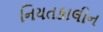
નિયતકાલીન